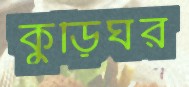
কুড়িঘর